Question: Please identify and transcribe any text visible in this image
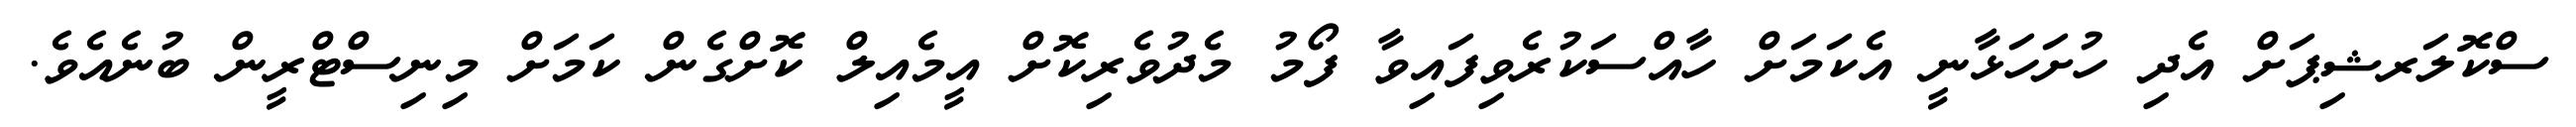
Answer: ސްކޮލަރޝިޕަށް އެދި ހުށަހަޅާނީ އެކަމަށް ހާއްސަކުރެވިފައިވާ ފޯމު މެދުވެރިކޮށް އީމެއިލް ކޮށްގެން ކަމަށް މިނިސްޓްރީން ބުނެއެވެ.